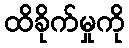
ထိခိုက်မှုကို